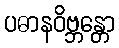
ပဓာနဝိဗ္ဘန္တော